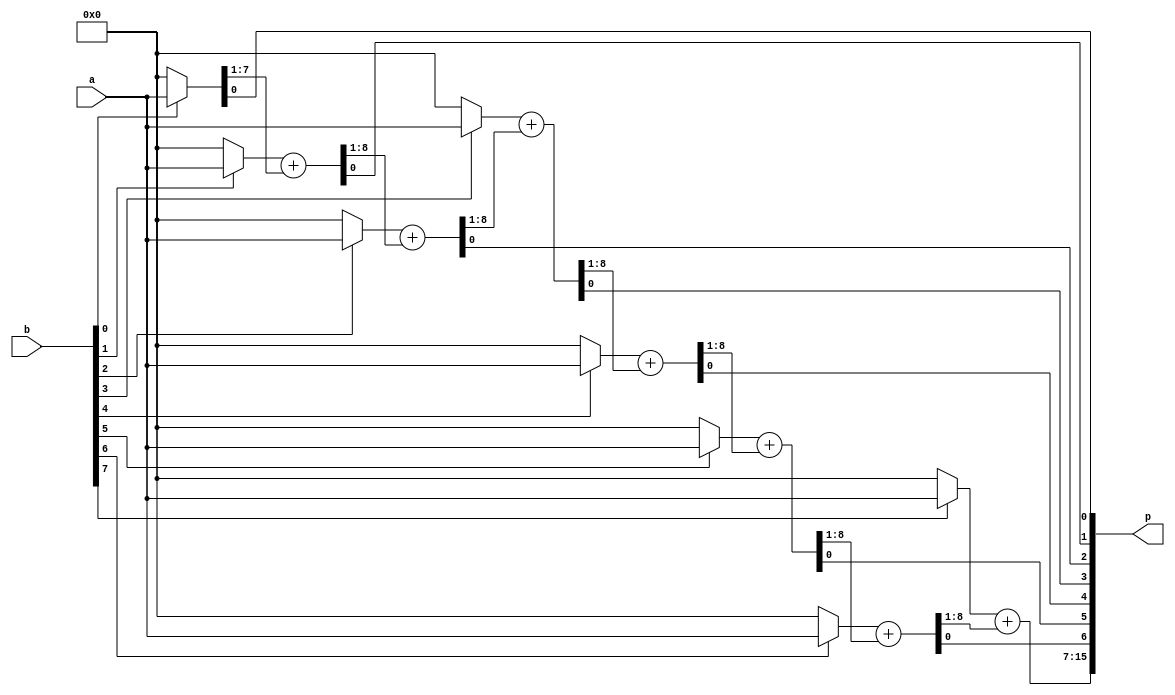
`timescale 1ns / 1ps
//////////////////////////////////////////////////////////////////////////////////
// Company: 
// 
// Design Name: 
// Module Name: 8 bit custom multiplyer.
// Project Name: 8 bit custom multiplyer IP.
// Target Devices: All
// Tool Versions: 
// Description: This is a 8 bit custom multiplyer IP library.
// 
// Dependencies: None
// 
// Revision:
// Revision 0.01 - File Created
// Additional Comments:
// 
//////////////////////////////////////////////////////////////////////////////////


module multiplyer # (parameter WIDTH_IN = 8)(
		input [WIDTH_IN - 1:0]a,
		input [WIDTH_IN - 1:0]b,
		output [(WIDTH_IN * 2) - 1:0]p
    );

wire [7:0]X0 = b[0] ? a[7:0] : 8'h00;
wire [7:0]X1 = b[1] ? a[7:0] : 8'h00;
wire [8:0]AD1 = X1 + {1'b0, X0[7:1]};
wire [7:0]X2 = b[2] ? a[7:0] : 8'h00;
wire [8:0]AD2 = X2 + AD1[8:1];
wire [7:0]X3 = b[3] ? a[7:0] : 8'h00;
wire [8:0]AD3 = X3 + AD2[8:1];
wire [7:0]X4 = b[4] ? a[7:0] : 8'h00;
wire [8:0]AD4 = X4 + AD3[8:1];
wire [7:0]X5 = b[5] ? a[7:0] : 8'h00;
wire [8:0]AD5 = X5 + AD4[8:1];
wire [7:0]X6 = b[6] ? a[7:0] : 8'h00;
wire [8:0]AD6 = X6 + AD5[8:1];
wire [7:0]X7 = b[7] ? a[7:0] : 8'h00;
wire [8:0]AD7 = X7 + AD6[8:1];
assign p = {AD7, AD6[0], AD5[0], AD4[0], AD3[0], AD2[0], AD1[0], X0[0]};


endmodule